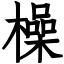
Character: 橾